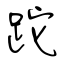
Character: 跎